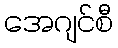
အေဂျင်စီ